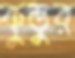
কুন্ডুর